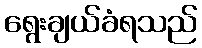
ရွေးချယ်ခံရသည်